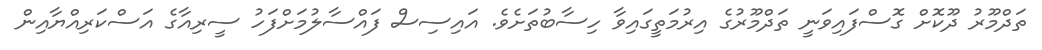
ތަދްމޫރު ދޫކޮށް ގޮސްފައިވަނީ ތަދްމޫރުގެ އިރުމަތީގައިވާ ހިސާބުތަށެވެ. އައިސިސް ފައްސާލުމަށްފަހު ސީރިއާގެ އަސްކަރިއްޔާއިން